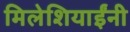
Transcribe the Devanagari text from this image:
मिलेशियाईंनी